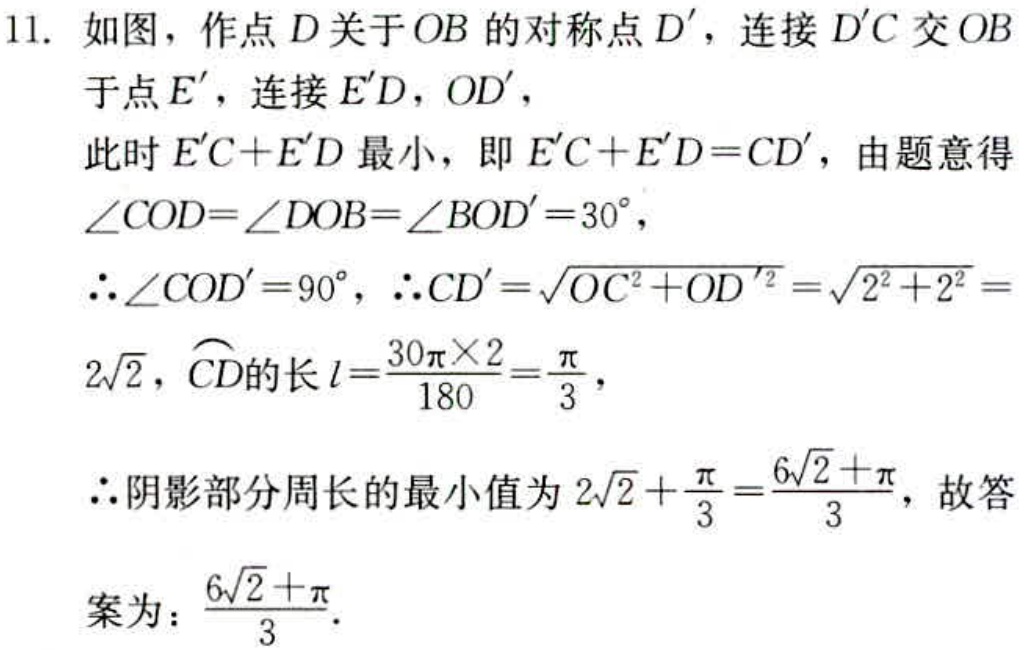
11. 如图，作点\(D\)关于\(OB\)的对称点\(D'\)，连接\(D'C\)交\(OB\)于点\(E'\)，连接\(E'D\)，\(OD'\)，
此时\(E'C + E'D\)最小，即\(E'C + E'D = CD'\)，由题意得\(\angle COD=\angle DOB=\angle BOD' = 30^{\circ}\)，
\(\therefore\angle COD' = 90^{\circ}\)，\(\therefore CD'=\sqrt{OC^{2}+OD'^{2}}=\sqrt{2^{2}+2^{2}} = 2\sqrt{2}\)，\(\overset{\frown}{CD}\)的长\(l=\frac{30\pi\times 2}{180}=\frac{\pi}{3}\)，
\(\therefore\)阴影部分周长的最小值为\(2\sqrt{2}+\frac{\pi}{3}=\frac{6\sqrt{2}+\pi}{3}\)，故答案为：\(\frac{6\sqrt{2}+\pi}{3}\)。